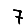
Digit: 7